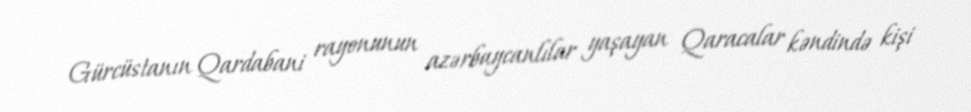
Gürcüstanın Qardabani rayonunun azərbaycanlılar yaşayan Qaracalar kəndində kişi